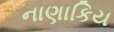
નાણાકિય